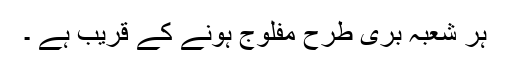
ہر شعبہ بری طرح مفلوج ہونے کے قریب ہے ۔